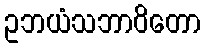
ဥဘယံသဘာဝိတော